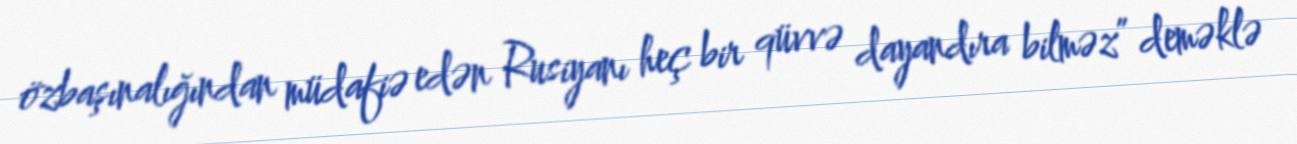
özbaşınalığından müdafiə edən Rusiyanı heç bir qüvvə dayandıra bilməz” deməklə